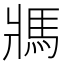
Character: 𩡽